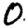
Digit: 0